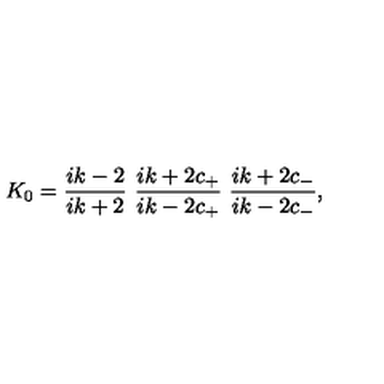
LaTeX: K _ { 0 } = \frac { i k - 2 } { i k + 2 } \ \frac { i k + 2 c _ { + } } { i k - 2 c _ { + } } \ \frac { i k + 2 c _ { - } } { i k - 2 c _ { - } } ,